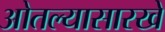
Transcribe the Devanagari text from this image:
ओतल्यासारखे